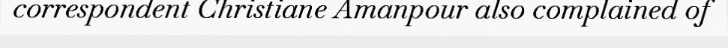
correspondent Christiane Amanpour also complained of